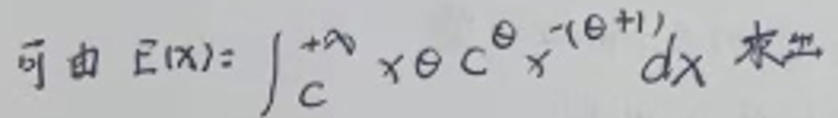
可由 \(E(x)=\int_{c}^{+\infty}x\theta c^{\theta}x^{-(\theta + 1)}dx\) 求出